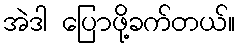
အဲဒါ ပြောဖို့ခက်တယ်။